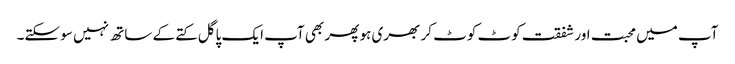
آپ میں محبت اور شفقت کوٹ کوٹ کر بھری ہو پھر بھی آپ ایک پاگل کتے کے ساتھ نہیں سو سکتے۔